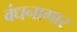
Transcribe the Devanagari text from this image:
वंधनागार